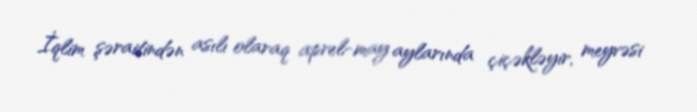
İqlim şəraitindən asılı olaraq aprel-may aylarında çiçəkləyir, meyvəsi